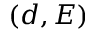
( d , E )